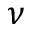
\nu